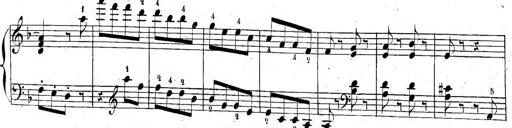
Title: 6 Sonatinen, Op.95
Composer: Ferdinand Hiller
Key: Various